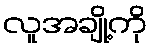
လူအချို့ကို